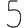
Digit: 5